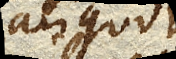
aliquot